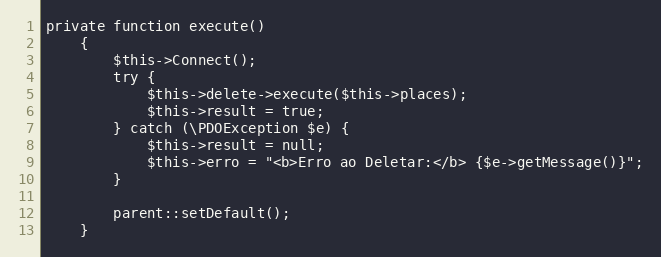
Language: PHP
private function execute()
    {
        $this->Connect();
        try {
            $this->delete->execute($this->places);
            $this->result = true;
        } catch (\PDOException $e) {
            $this->result = null;
            $this->erro = "<b>Erro ao Deletar:</b> {$e->getMessage()}";
        }

        parent::setDefault();
    }